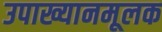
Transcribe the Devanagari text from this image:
उपाख्यानमूलक